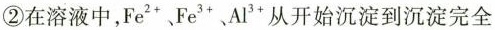
②在溶液中,Fe^{2+}、Fe^{3+}、Al^{3+}从开始沉淀到沉淀完全